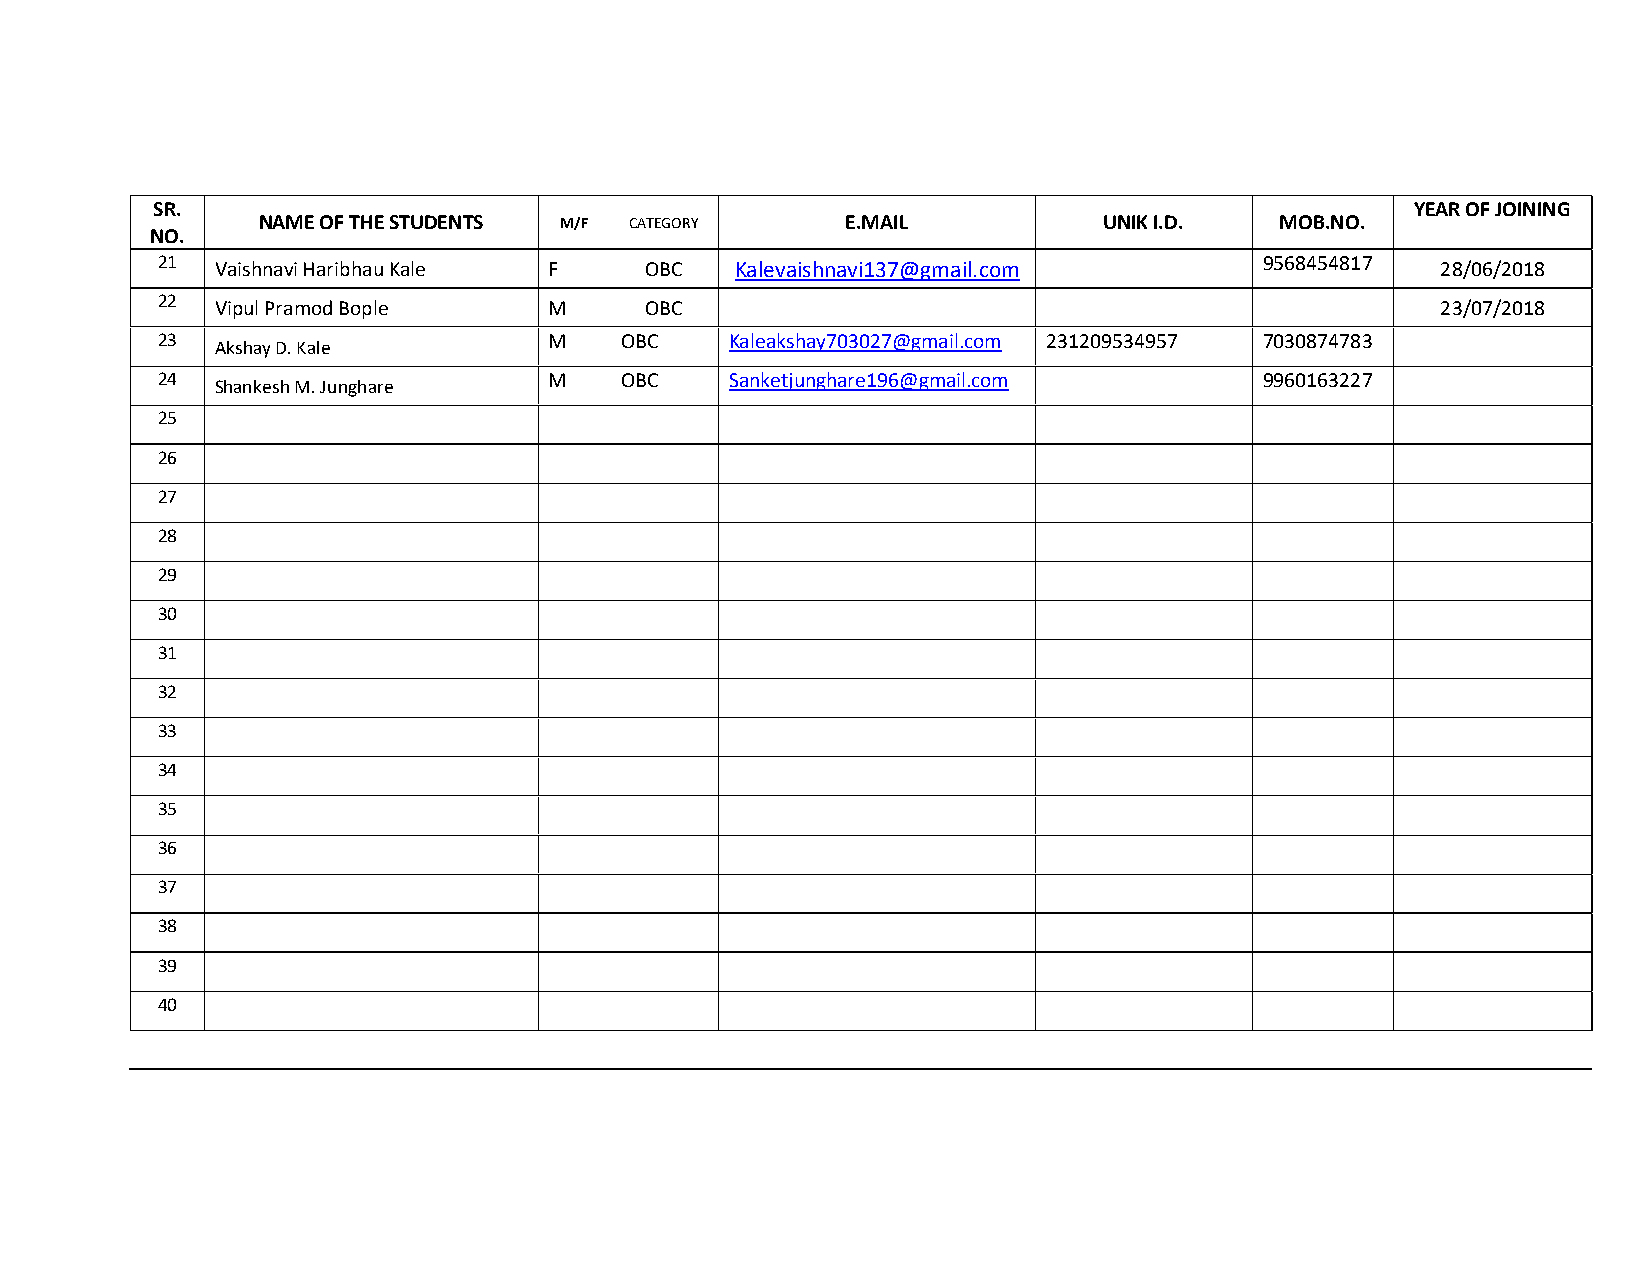
SR.                                                                                 YEAR OF JOINING
 NAME OF THE STUDENTS M/F CATEGORY      E.MAIL           UNIK I.D.   MOB.NO.
 NO.
 21  Vaishnavi Haribhau Kale F    OBC   Kalevaishnavi137@gmail.com         9568454817 28/06/2018
 22  Vipul Pramod Bople    M      OBC                                                 23/07/2018
 23                        M    OBC    Kaleakshay703027@gmail.com 231209534957 7030874783
 Akshay D. Kale
 24                        M    OBC    Sanketjunghare196@gmail.com         9960163227
 Shankesh M. Junghare
 25
 26
 27
 28
 29
 30
 31
 32
 33
 34
 35
 36
 37
 38
 39
 40